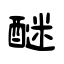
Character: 醚